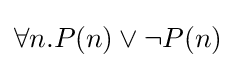
\forall n.P(n)\lor \neg P(n)